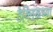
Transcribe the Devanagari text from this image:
टेक्निकच्या